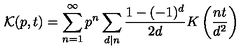
\mathcal { K } ( p , t ) = \sum _ { n = 1 } ^ { \infty } p ^ { n } \sum _ { d | n } \frac { 1 - ( - 1 ) ^ { d } } { 2 d } K \left( \frac { n t } { d ^ { 2 } } \right)